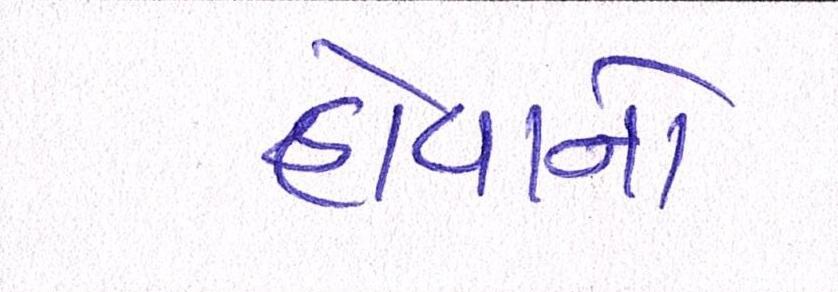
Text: હોવાનો